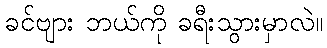
ခင်ဗျား ဘယ်ကို ခရီးသွားမှာလဲ။